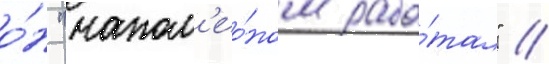
о́н "напол'ео́ном рабо́тал" //